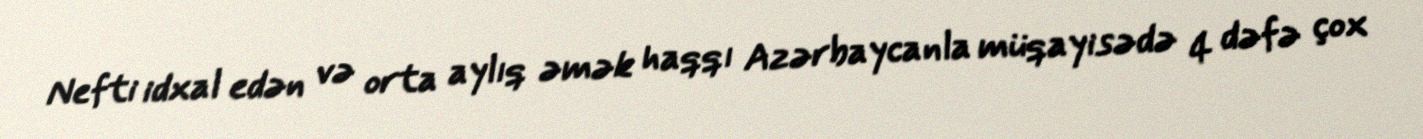
Nefti idxal edən və orta aylıq əmək haqqı Azərbaycanla müqayisədə 4 dəfə çox